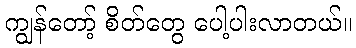
ကျွန်တော့် စိတ်တွေ ပေါ့ပါးလာတယ်။